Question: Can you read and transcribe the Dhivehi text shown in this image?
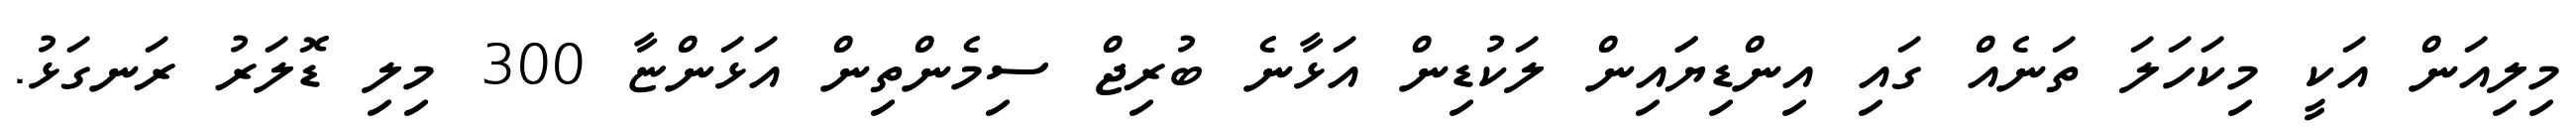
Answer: މިލިއަން އަކީ މިކަހަލަ ތަނެއް ގައި އިންޑިޔަައިން ލަކުޑިން އަޅާނެ ބުރިޖް ސިމެންތިން އަޅަންޏާ 300 މިލި ޑޮލަރު ރަނގަޅު.